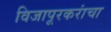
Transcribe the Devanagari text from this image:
विजापूरकरांचा